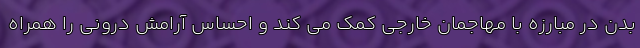
بدن در مبارزه با مهاجمان خارجی کمک می کند و احساس آرامش درونی را همراه